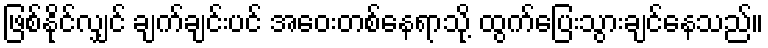
ဖြစ်နိုင်လျှင် ချက်ချင်းပင် အဝေးတစ်နေရာသို့ ထွက်ပြေးသွားချင်နေသည်။